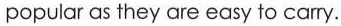
popular as they are easy to carry.